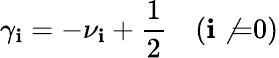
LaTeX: \gamma_{\mathbf{i}}=-\nu_{\mathbf{i}}+\frac{1}{2}\quad(\mathbf{i}\not{=}0)